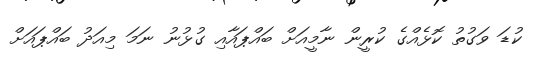
ކުޑަ ވަގުތު ކޮޅެއްގެ ކުރީން ނާމީއަށް ބައްޕައާއި ގުޅުނު ނަމަ މިއަދު ބައްޕައަށް